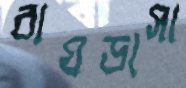
বাঘডাসা